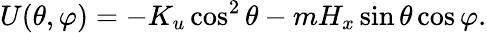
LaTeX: U(\theta,\varphi)=-K_{u}\cos^{2}\theta-mH_{x}\sin\theta\cos\varphi.